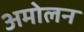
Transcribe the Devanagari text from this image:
अमोलन